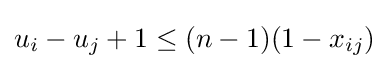
u_{i}-u_{j}+1\leq (n-1)(1-x_{ij})